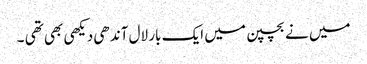
میں نے بچپن میں ایک بار لال آندھی دیکھی بھی تھی ۔